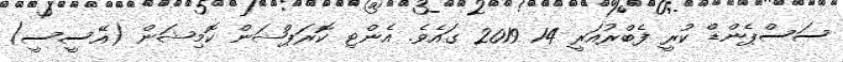
ސަސްޕެންޑް ކުރީ ފެބްރުއަރީ 14 2019 ގައެވެ. އެންޓި ކޮރަޕްޝަން ކޮމިޝަން (އޭސީސީ)